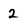
Character: 2